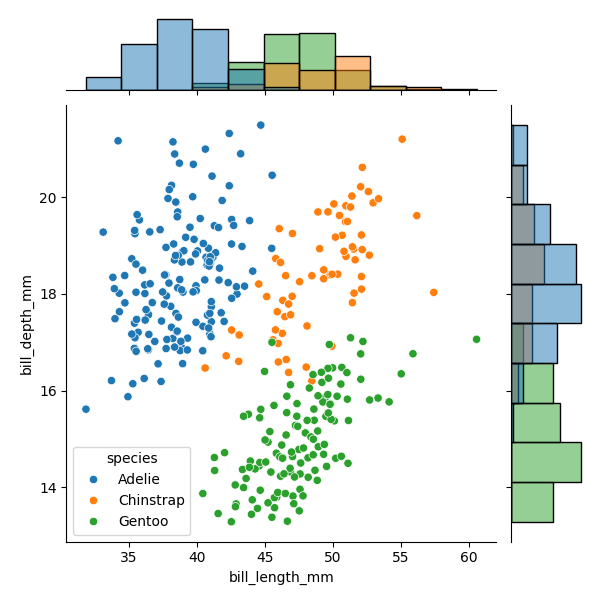
python, seaborn, JointGrid, scatterplot, histplot, hue